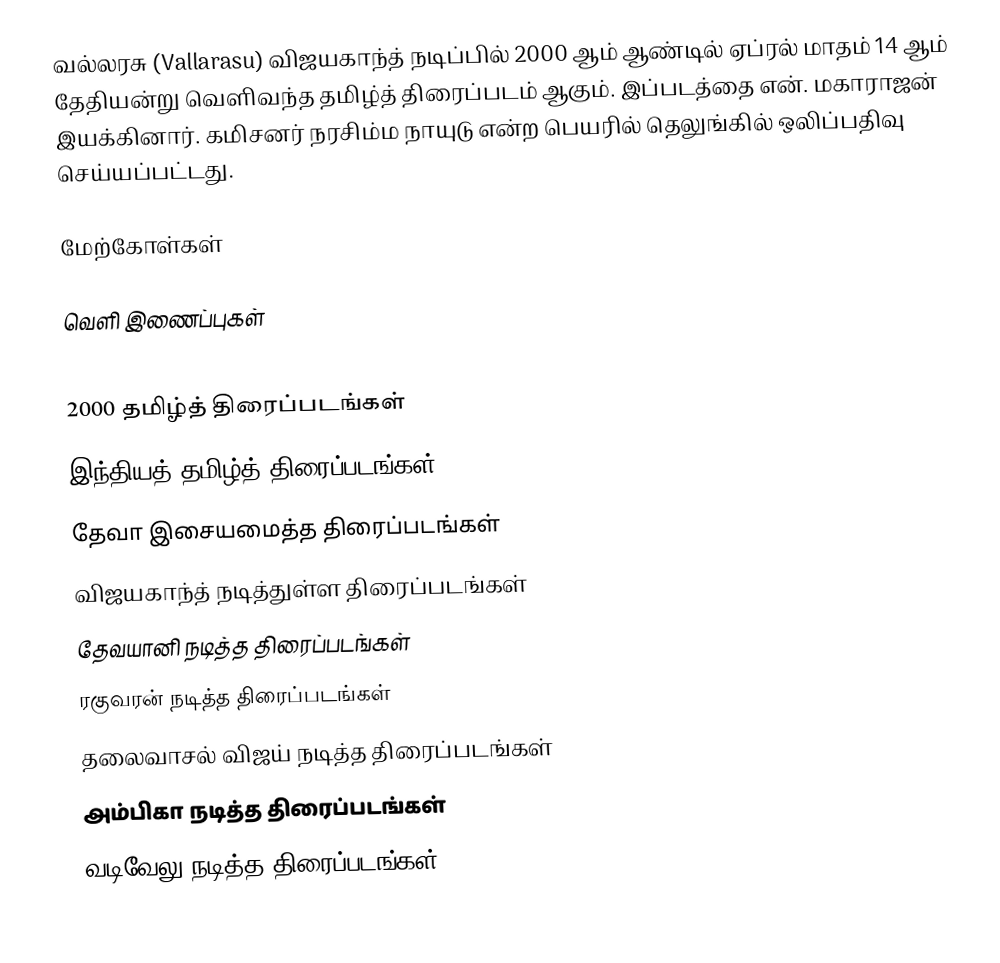
வல்லரசு (Vallarasu) விஜயகாந்த் நடிப்பில் 2000 ஆம் ஆண்டில் ஏப்ரல் மாதம் 14 ஆம் தேதியன்று வெளிவந்த தமிழ்த் திரைப்படம் ஆகும். இப்படத்தை என். மகாராஜன் இயக்கினார். கமிசனர் நரசிம்ம நாயுடு என்ற பெயரில் தெலுங்கில் ஒலிப்பதிவு செய்யப்பட்டது.

மேற்கோள்கள்

வெளி இணைப்புகள்

2000 தமிழ்த் திரைப்படங்கள்
இந்தியத் தமிழ்த் திரைப்படங்கள்
தேவா இசையமைத்த திரைப்படங்கள்
விஜயகாந்த் நடித்துள்ள திரைப்படங்கள்
தேவயானி நடித்த திரைப்படங்கள்
ரகுவரன் நடித்த திரைப்படங்கள்
தலைவாசல் விஜய் நடித்த திரைப்படங்கள்
அம்பிகா நடித்த திரைப்படங்கள்
வடிவேலு நடித்த திரைப்படங்கள்